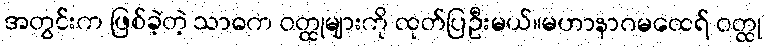
အတွင်းက ဖြစ်ခဲ့တဲ့ သာဓက ဝတ္ထုများကို ထုတ်ပြဦးမယ်။မဟာနာဂမထေရ် ဝတ္ထု